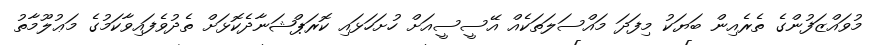
މުވައްޒަފުންގެ ތެރެއިން ބަޔަކު މިފަދަ މައްސަލަތަކެއް އޭސީސީއަށް ހުށަހަޅައި ކޮރަޕްޝަނާދެކޮޅަށް ތެދުވެފައިވާކަމުގެ މަޢުލޫމާތު